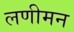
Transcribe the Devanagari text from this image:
लणीमन